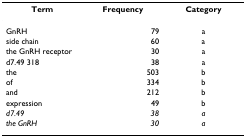
<table><thead><tr><td><b>Term</b></td><td><b>Frequency</b></td><td><b>Category</b></td></tr></thead><tbody><tr><td>GnRH</td><td>79</td><td>a</td></tr><tr><td>side chain</td><td>60</td><td>a</td></tr><tr><td>the GnRH receptor</td><td>30</td><td>a</td></tr><tr><td>d7.49 318</td><td>38</td><td>a</td></tr><tr><td>the</td><td>503</td><td>b</td></tr><tr><td>of</td><td>334</td><td>b</td></tr><tr><td>and</td><td>212</td><td>b</td></tr><tr><td>expression</td><td>49</td><td>b</td></tr><tr><td><i>d7.49</i></td><td><i>38</i></td><td><i>a</i></td></tr><tr><td><i>the GnRH</i></td><td><i>30</i></td><td><i>a</i></td></tr></tbody></table>